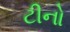
ટીનો